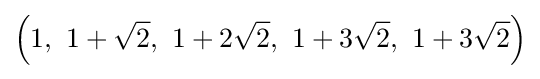
\left(1,\ 1+{\sqrt {2}},\ 1+2{\sqrt {2}},\ 1+3{\sqrt {2}},\ 1+3{\sqrt {2}}\right)